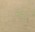
રોશ